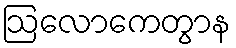
ဩလောကေတွာန